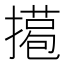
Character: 𢵖